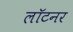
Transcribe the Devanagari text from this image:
लॉटनर